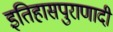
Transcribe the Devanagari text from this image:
इतिहासपुराणादी